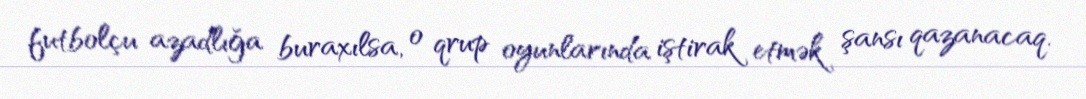
futbolçu azadlığa buraxılsa, o qrup oyunlarında iştirak etmək şansı qazanacaq.